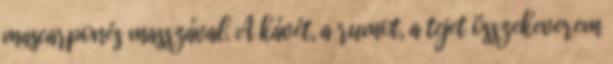
mascarponés masszával. A kávét, a rumot, a tejet összekeverem